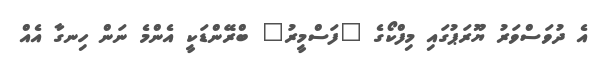
އެ ދުވަސްވަރު ޔޫރަޕުގައި މިފްކޯގެ "ފަސްމީރު" ބްރޭންޑަކީ އެންމެ ނަން ހިނގާ އެއް